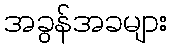
အခွန်အခများ